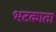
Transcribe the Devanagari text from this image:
भटकाता